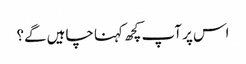
اس پر آپ کچھ کہنا چاہیں گے؟